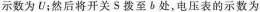
示数为U；然后将开关S拨至b处，电压表的示数为